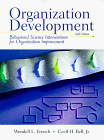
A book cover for Organization Development: Behavioral  Science Interventions for Organization Improvement,6th Edition; Wendell L. French; Business & Money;